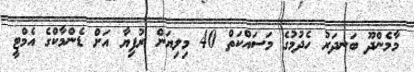
މާމެންދޫ ބަނދަރު ހެދުމުގެ މަސައްކަތް 40 މިލިޔަން ރުފިޔާ އަށް ޑެންމާކްގެ އެމްޓީ